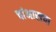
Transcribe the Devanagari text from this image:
चांभाराचा